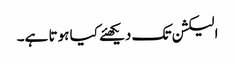
الیکشن تک دیکھئے کیا ہوتا ہے۔